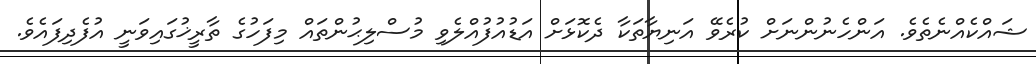
ޝައްކެއްނެތެވެ. އަންހެނުންނަށް ކުރެވޭ އަނިޔާތަކާ ދެކޮޅަށް އަޑުއުފުއްލެވި މުސްލިޙުންތައް މިފަހުގެ ތާރީޚުގައިވަނީ އުފެދިފައެވެ.